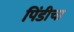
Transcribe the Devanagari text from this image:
पिंडीचा